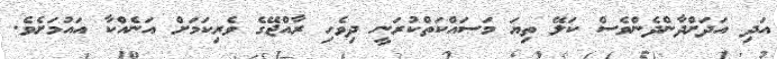
އަދި އަދަށްދާންދެންވެސް ކަލޭ ތިޔަ މަސައްކަތްކުރަނީ ދިވެހި ރާއްޖޭގެ ވެރިކަމަށް އަނެއްކާ އައުމަށެވެ.